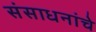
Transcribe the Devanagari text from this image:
संसाधनांचे